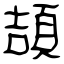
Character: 頡